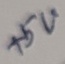
Text: +5V